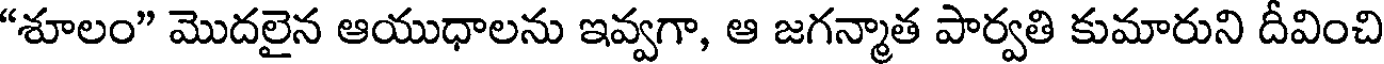
"శూలం" మొదలైన ఆయుధాలను ఇవ్వగా, ఆ జగన్మాత పార్వతి కుమారుని దీవించి